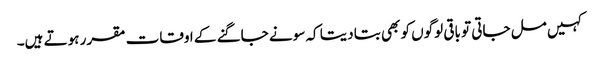
کہیں مل جاتی تو باقی لوگوں کو بھی بتا دیتا کہ سونے جاگنے کے اوقات مقرر ہوتے ہیں۔